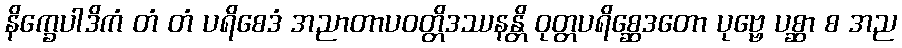
နိက္ခေပါဒိကံ တံ တံ ပရိစေဒံ အညာတာပဝတ္တိဒဿနန္တိ ဝုတ္တပရိစ္ဆေဒတော ပုဗ္ဗေ ပစ္ဆာ စ အည